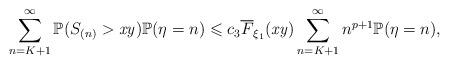
LaTeX: \begin{align*} \sum\limits_{n=K+1}^{\infty}\mathbb{P}(S_{(n)}>\mathit{xy})\mathbb{P}(\eta=n) \leqslant c_3\overline{F}_{\xi_1}(\mathit{xy})\sum\limits_{n=K+1}^{\infty}n^{p+1}\mathbb{P}(\eta=n),\end{align*}